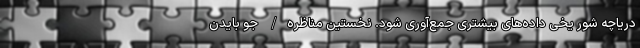
دریاچه شور یخی داده‌های بیشتری جمع‌آوری شود. نخستین مناظره/ جو بایدن